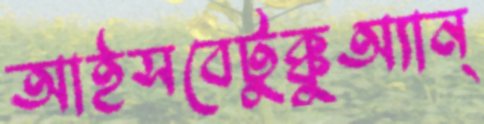
আইসবেটুক্কুঅ্যান্